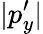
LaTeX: |p_{y}^{\prime}|